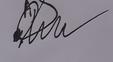
Signature authenticity: forged